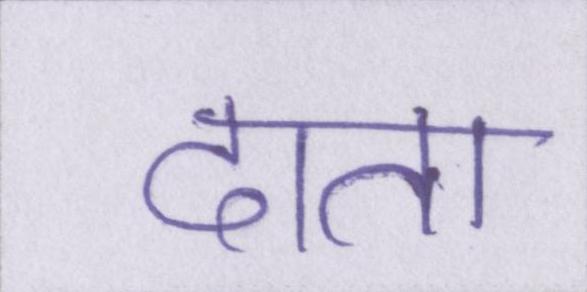
दाता